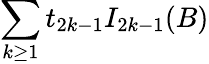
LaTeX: {\sum_{k\ge 1}t_{2k-1}I_{2k-1}(B)}